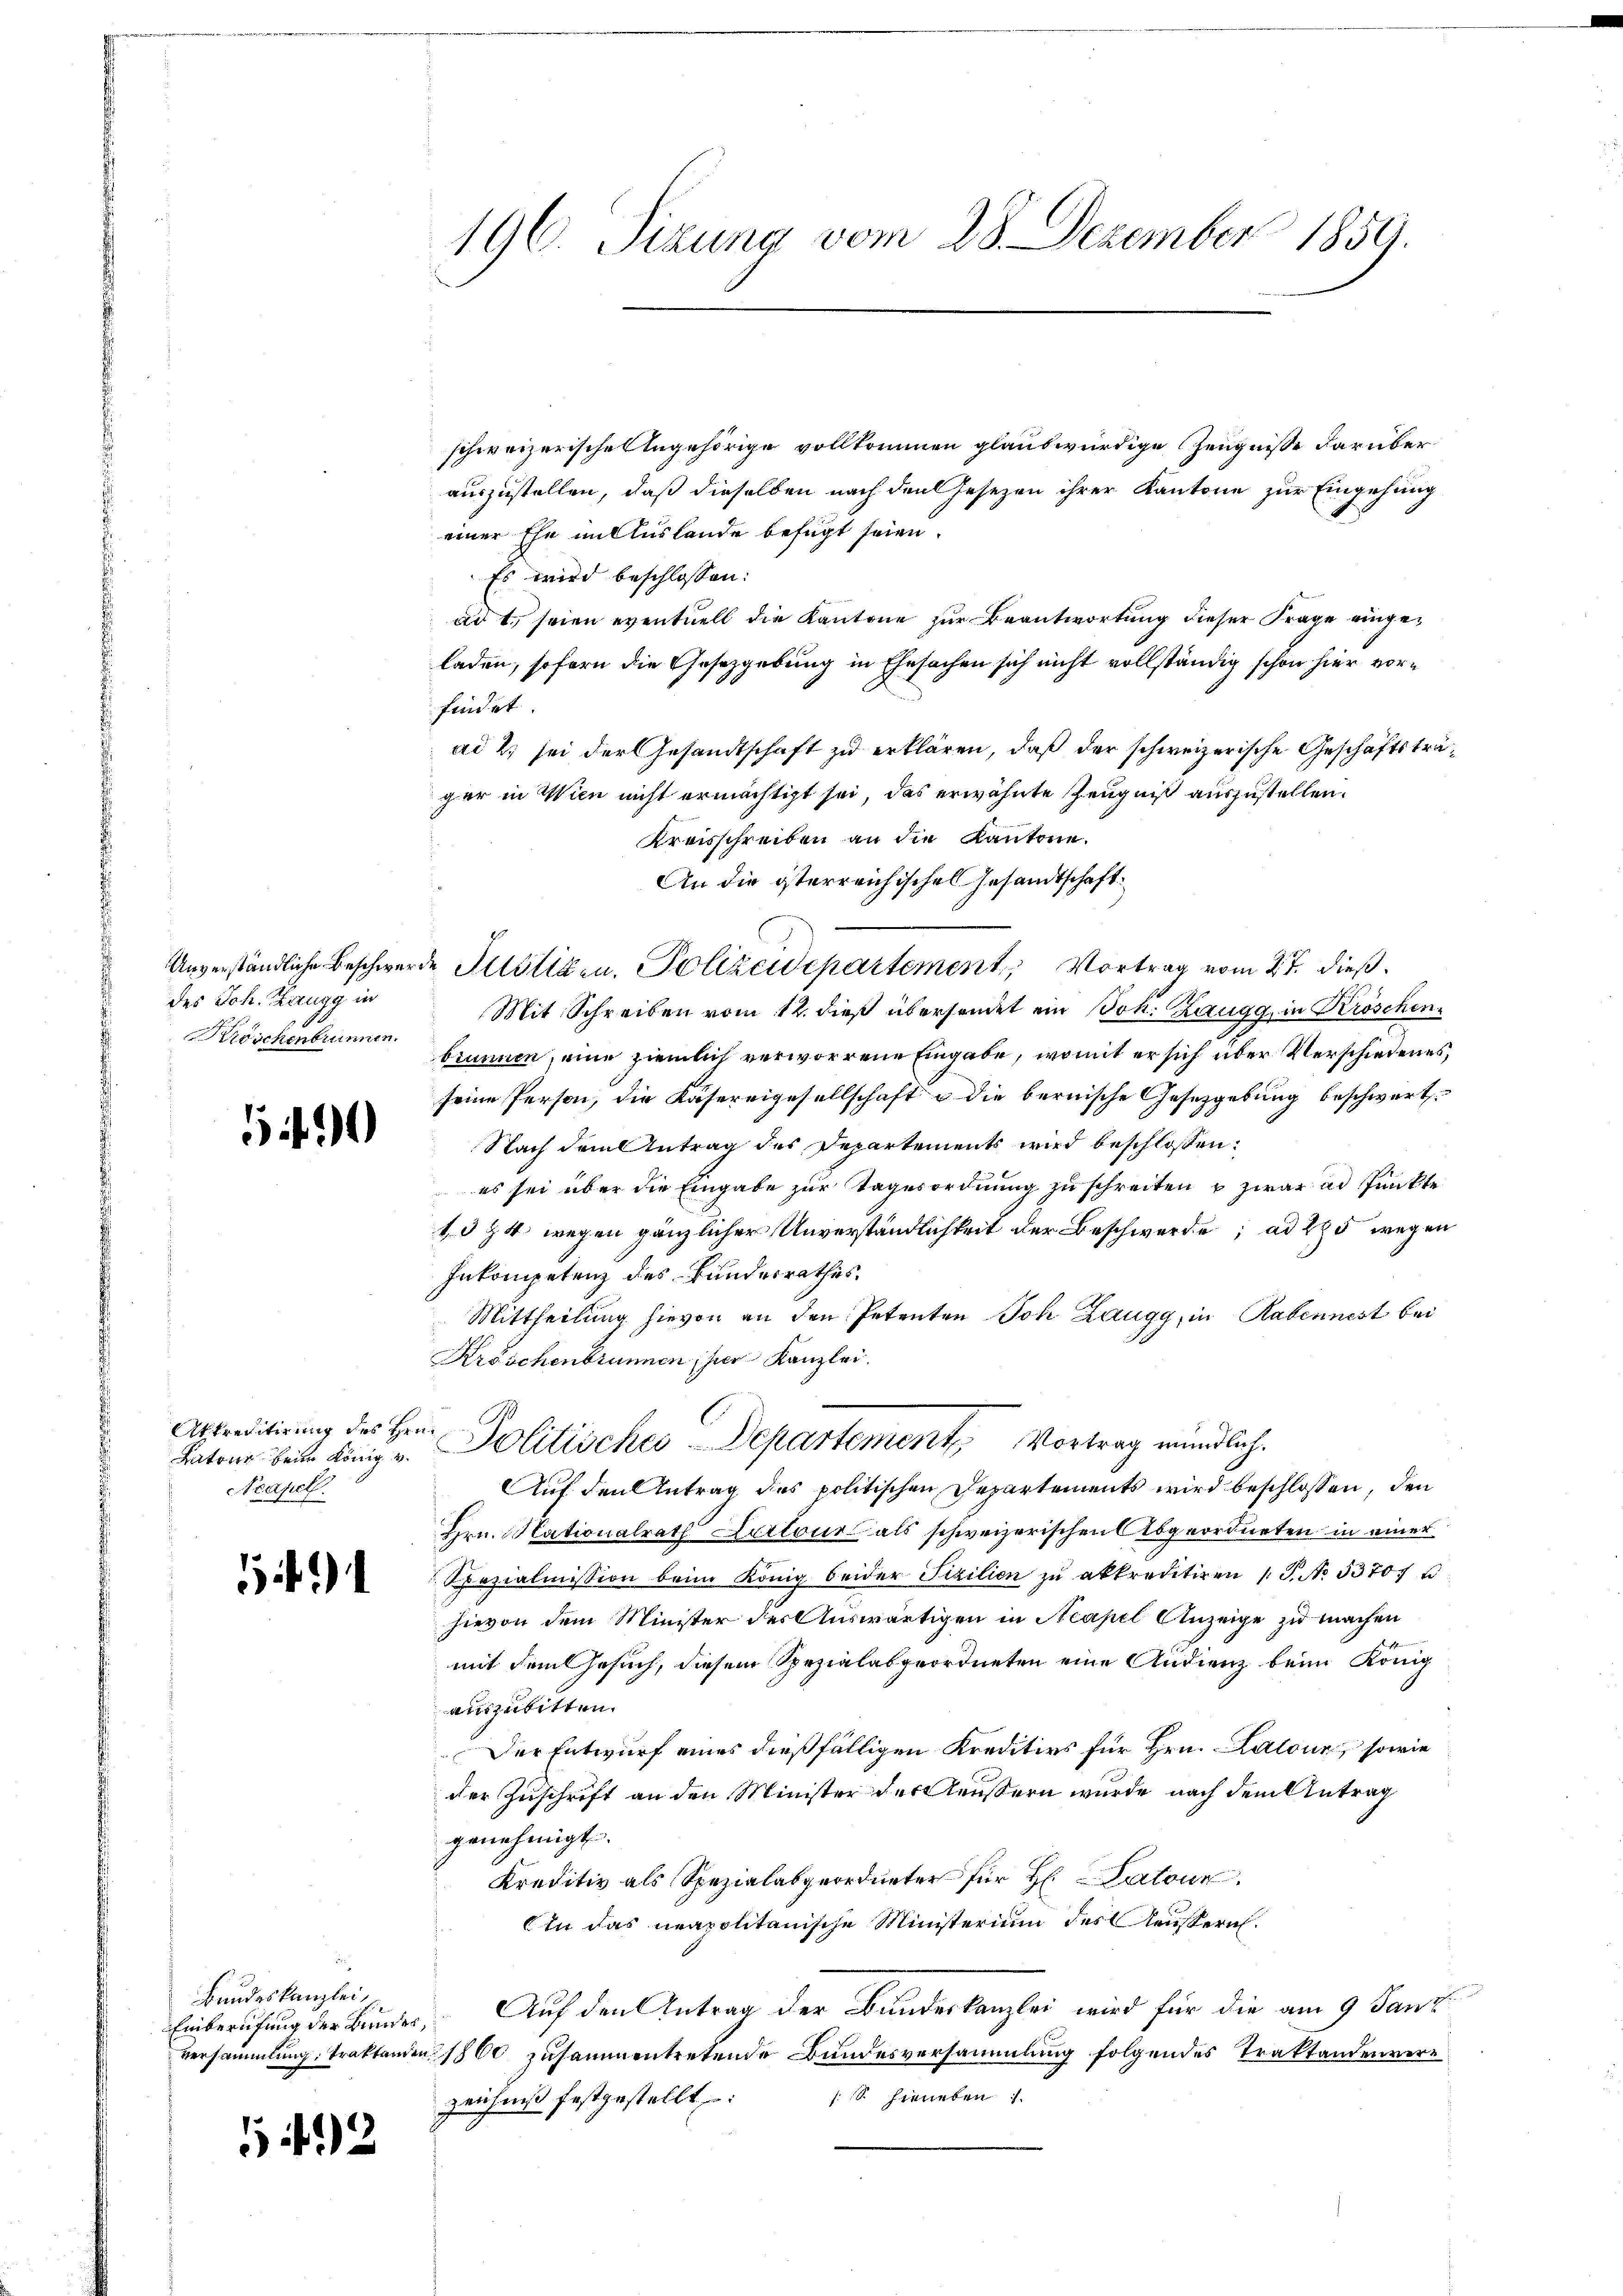
des Joh. Zangg in
Kröschenbrunnen.

1490

Aktrecitirung des Hein
Katone beim König v.
Neapel.

Bundeskanzlei

542

196. Sizung vom 28. Dezember 1859.

schweizerische Angehörige vollkommen glaubwürdige Zeugnisse darüberauszustellen, daß dieselben nach den Gesezen ihrer Kantone zur Eingehung
einer Ehe im Auslande befugt seien.
Es wird beschlossen:
ad 1., seien eventuell die Kantone zur Beantwortung dieser Frage eingeladen, sofern die Gesetzgebung in Ehesachen sich nicht vollständig schon hier vorfindet
ad 2, sei der Gesandtschaft zu erklären, daß der schweizerische Geschäftsträger in Wien nicht ermächtigt sei, das erwähnte Zeugniß auszustellen.
Kreisschreiben an die Kantone.
An die österreichischen Gesandtschaft
Unverständliche Beschwerde Justizen, Polizeidepartement, Vortrag vom 27. dieß.
Mit Schreiben vom 12. dieß übersendet ein Joh. Zaugg, in Kröschenbrunnen, eine ziemlich verworrene Eingabe, womit er sich über Verschiedenes,
seine Person, die Käsereigesellschaft & die bernische Gesetzgebung beschwert¬
Nach dem Antrag des Departements wird beschlossen:
es sei über die Eingabe zur Tagesordnung zu schreiten u zwar ad Punkte
1994 wegen gänzlicher Unverständlichkeit der Beschwerde; ad 285 wegen
Inkompetenz des Bundesrathes.
Mittheilung hievon an den Petenten Joh Zaugg, in Rabennest bei
Kröschenbrunnen, hier Kanzlei.
Politisches Departement, Vortrag mündlich.
Auf den Antrag des politischen Departements wird beschlossen, den
Hrn. Nationalrath Kartour als schweizerischen Abgeordneten in einer
Spezialmission beim König beider Fizilien zŭ akkreditiren 1 S. No. 53707 u
hievon dem Minister des Auswärtigen in Neapel Anzeige zu machen
mit dem Gesuch, diesem Spezialabgeordneten eine Audienz beim König
auszubitten.
Der Entwurf eines dießfälligen Kreditivs für Hrn. Latour, sowie
der Zuschrift an den Minister der Aeußern wurde nach dem Antrag
genehmigt.
Kreditiv als Spezialabgeordneter für Hr. Kartour
In das neapolitanische Ministerium des Aeußern.
Einberufung der Bunder, Auf den Antrag der Bundeskanzlei wird für die am 9 Janz
versammlung, traktanden 1800 zusammentretende Bundesversammlung folgendes Traktandenverzeichnis festgestellt (S. hieneben 1.